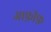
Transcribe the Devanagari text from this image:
आफ़ीफ़